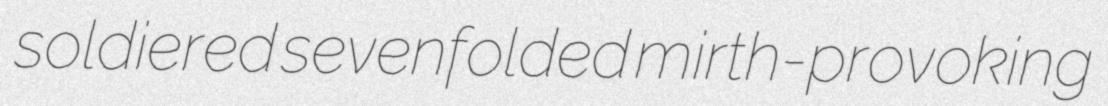
soldiered sevenfolded mirth-provoking